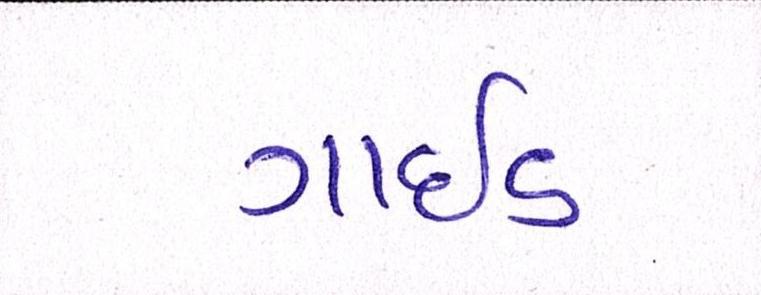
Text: ગાઇડ